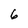
Character: 6